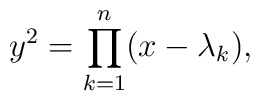
y^2=\prod_{k=1}^{n}(x-\lambda_k),